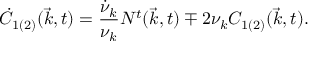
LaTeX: \dot { C } _ { 1 ( 2 ) } ( { \vec { k } } , t ) = \frac { \dot { \nu } _ { k } } { { \nu } _ { k } } { \cal N } ^ { t } ( { \vec { k } } , t ) \mp 2 { \nu } _ { k } C _ { 1 ( 2 ) } ( { \vec { k } } , t ) .